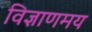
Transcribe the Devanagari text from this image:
विज्ञाणमय